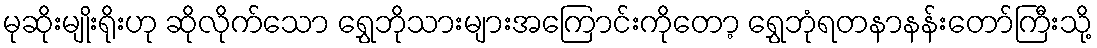
မုဆိုးမျိုးရိုးဟု ဆိုလိုက်သော ရွှေဘိုသားများအကြောင်းကိုတော့ ရွှေဘုံရတနာနန်းတော်ကြီးသို့